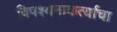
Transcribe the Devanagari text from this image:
विपश्यनाकर्त्याचा